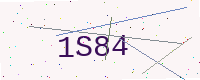
Text: 1S84